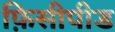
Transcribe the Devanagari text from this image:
फ़िसीपीड